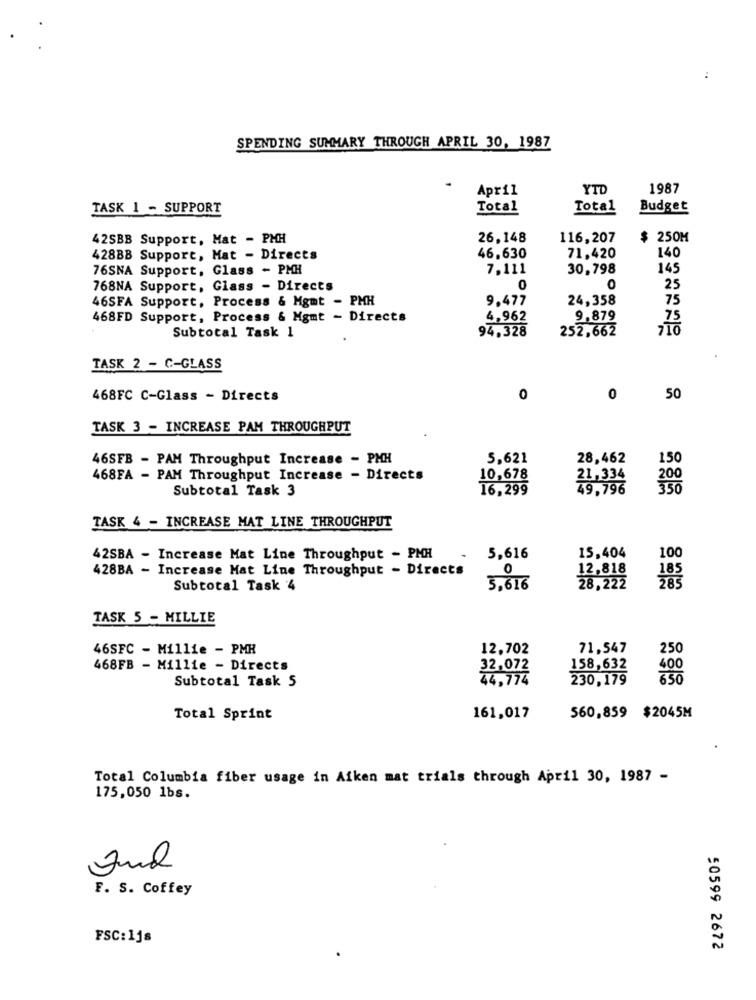
..
SPENDING SUMMARY THROUGH APRIL 30, 1987
April
YTD
1987
TASK 1 - SUPPORT
Total
Total
Budget
42SBB Support, Hat - PHH
26,148
116,207
$ 250M
140
428BB Support, Mat - Directs
46,630
71,420
76SNA Support, Glass - PMH
7,111
30,798
145
768NA Support, Glass - Directs
O
0
25
46SFA Support, Process & Mgmt - PMH
9,477
24,358
75
468FD Support, Process & Mgmt - Directs
4,962
9,879
75
Subtotal Task 1
94.328
252,662
710
TASK 2 - C-GLASS
468FC C-Glass - Directs
0
0
50
TASK 3 - INCREASE PAM THROUGHPUT
46SFB - PAM Throughput Increase - PMH
5,621
28,462
150
468FA - PAM Throughput Increase - Directs
10,678
21,334
200
Subtotal Task 3
16,299
29.796
350
TASK 4 - INCREASE MAT LINE THROUGHPUT
15,404
42SBA - Increase Mat Line Throughput - PMH
5,616
100
428BA - Increase Mat Line Throughput - Directs
0
12,818
Subtotal Task '4
5.616
28,222
TASK 5 - MILLIE
46SFC - Millie - PMK
12,702
71,547
250
468FB - Millie - Directs
32,072
158,632
400
Subtotal Task 5
44,774
230,179
650
Total Sprint
161,017
560,859 $2045M
Total Columbia fiber usage in Aiken mat trials through April 30, 1987 -
175,050 1bs.
F. S. Coffey
FSC:11s
50599 2672